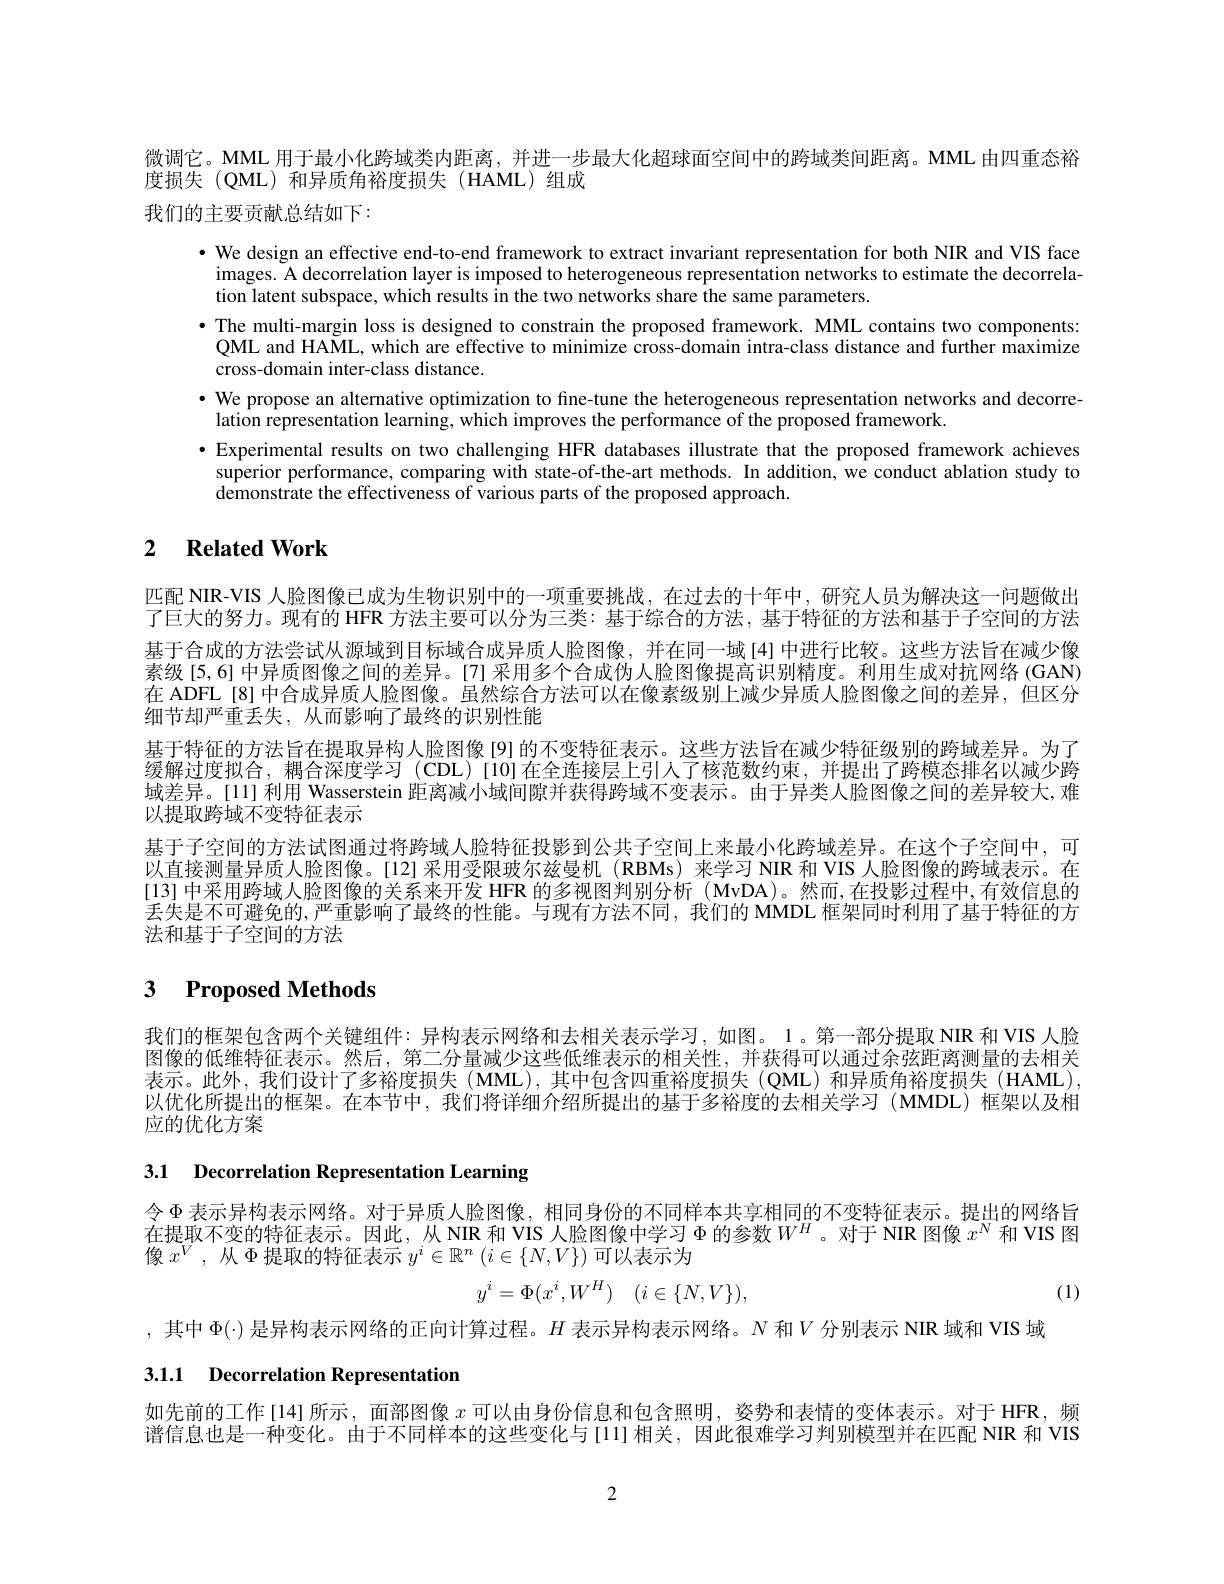
微调它。MML 用于最小化跨域类内距离，并进一步最大化超球面空间中的跨域类间距离。MML 由四重态裕
度损失(QML)和异质角裕度损失(HAML)组成

我们的主要贡献总结如下：

$\bullet$ We design an effective end-to-end framework to extract invariant representation for both NIR and VIS face images. A decorrelation layer is imposed to heterogeneous representation networks to estimate the decorrelation latent subspace, which results in the two networks share the same parameters.
·The multi-margin loss is designed to constrain the proposed framework. MML contains two components:
QML and HAML, which are effective to minimize cross-domain intra-class distance and further maximize
cross-domain inter-class distance.
$\cdot$ We propose an alternative optimization to fine-tune the heterogeneous representation networks and decorre-
lation representation learning, which improves the performance of the proposed framework
$\bullet$ Experimental results on two challenging HFR databases illustrate that the proposed framework achieves
superior performance, comparing with state-of-the-art methods. In addition, we conduct ablation study to
demonstrate the effectiveness of various parts of the proposed approach.

## 2 $\textbf{Related Work}$

匹配 NIR-VIS 人脸图像已成为生物识别中的一项重要挑战，在过去的十年中，研究人员为解决这一问题做出了巨大的努力。现有的 HFR 方法主要可以分为三类：基于综合的方法，基于特征的方法和基于子空间的方法基于合成的方法尝试从源域到目标域合成异质人脸图像，并在同一域[4]中进行比较。这些方法旨在减少像素级[5,6]中异质图像之间的差异。[7]采用多个合成伪人脸图像提高识别精度。利用生成对抗网络 (GAN) 在 ADFL [8] 中合成异质人脸图像。虽然综合方法可以在像素级别上减少异质人脸图像之间的差异，但区分细节却严重丢失，从而影响了最终的识别性能
基于特征的方法旨在提取异构人脸图像 [9] 的不变特征表示。这些方法旨在减少特征级别的跨域差异。为了缓解过度拟合，耦合深度学习 (CDL)[10]在全连接层上引入了核范数约束，并提出了跨模态排名以减少跨域差异。[11] 利用 Wasserstein 距离减小域间隙并获得跨域不变表示。由于异类人脸图像之间的差异较大，难以提取跨域不变特征表示
基于子空间的方法试图通过将跨域人脸特征投影到公共子空间上来最小化跨域差异。在这个子空间中，可以直接测量异质人脸图像。[12]采用受限玻尔兹曼机 (RBMs)来学习 NIR 和 VIS 人脸图像的跨域表示。在[13] 中采用跨域人脸图像的关系来开发 HFR 的多视图判别分析 (MvDA)。然而，在投影过程中，有效信息的丢失是不可避免的，严重影响了最终的性能。与现有方法不同，我们的 MMDL 框架同时利用了基于特征的方法和基于子空间的方法

# 3 Proposed Methods

我们的框架包含两个关键组件：异构表示网络和去相关表示学习，如图。1。第一部分提取 NIR 和 VIS 人脸图像的低维特征表示。然后，第二分量减少这些低维表示的相关性，并获得可以通过余弦距离测量的去相关表示。此外，我们设计了多裕度损失(MML),其中包含四重裕度损失(QML)和异质角裕度损失(HAML), 以优化所提出的框架。在本节中，我们将详细介绍所提出的基于多裕度的去相关学习(MMDL)框架以及相应的优化方案

3.1 Decorrelation Representation Learning

令$\Phi$表示异构表示网络。对于异质人脸图像，相同身份的不同样本共享相同的不变特征表示。提出的网络旨在提取不变的特征表示。因此，从 NIR 和 VIS 人脸图像中学习$\Phi$的参数$W^H$。对于 NIR 图像$x^N$和 VIS 图像$x^V$, 从 $\Phi$提取的特征表示 $y^i\in\mathbb{R}^n\left(i\in\{N,V\}\right)$ 可以表示为
$$y^i=\Phi(x^i,W^H)\quad(i\in\{N,V\}),$$
(1)

,其中$\Phi(\cdot)$是异构表示网络的正向计算过程。$H$表示异构表示网络。$N$和$V$分别表示 NIR 域和 VIS 域

# 3.1.1 Decorrelation Representation

如先前的工作[14]所示，面部图像$x$可以由身份信息和包含照明，姿势和表情的变体表示。对于 HFR,频谱信息也是一种变化。由于不同样本的这些变化与[11]相关，因此很难学习判别模型并在匹配 NIR 和 VIS

2